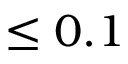
\leq 0 . 1